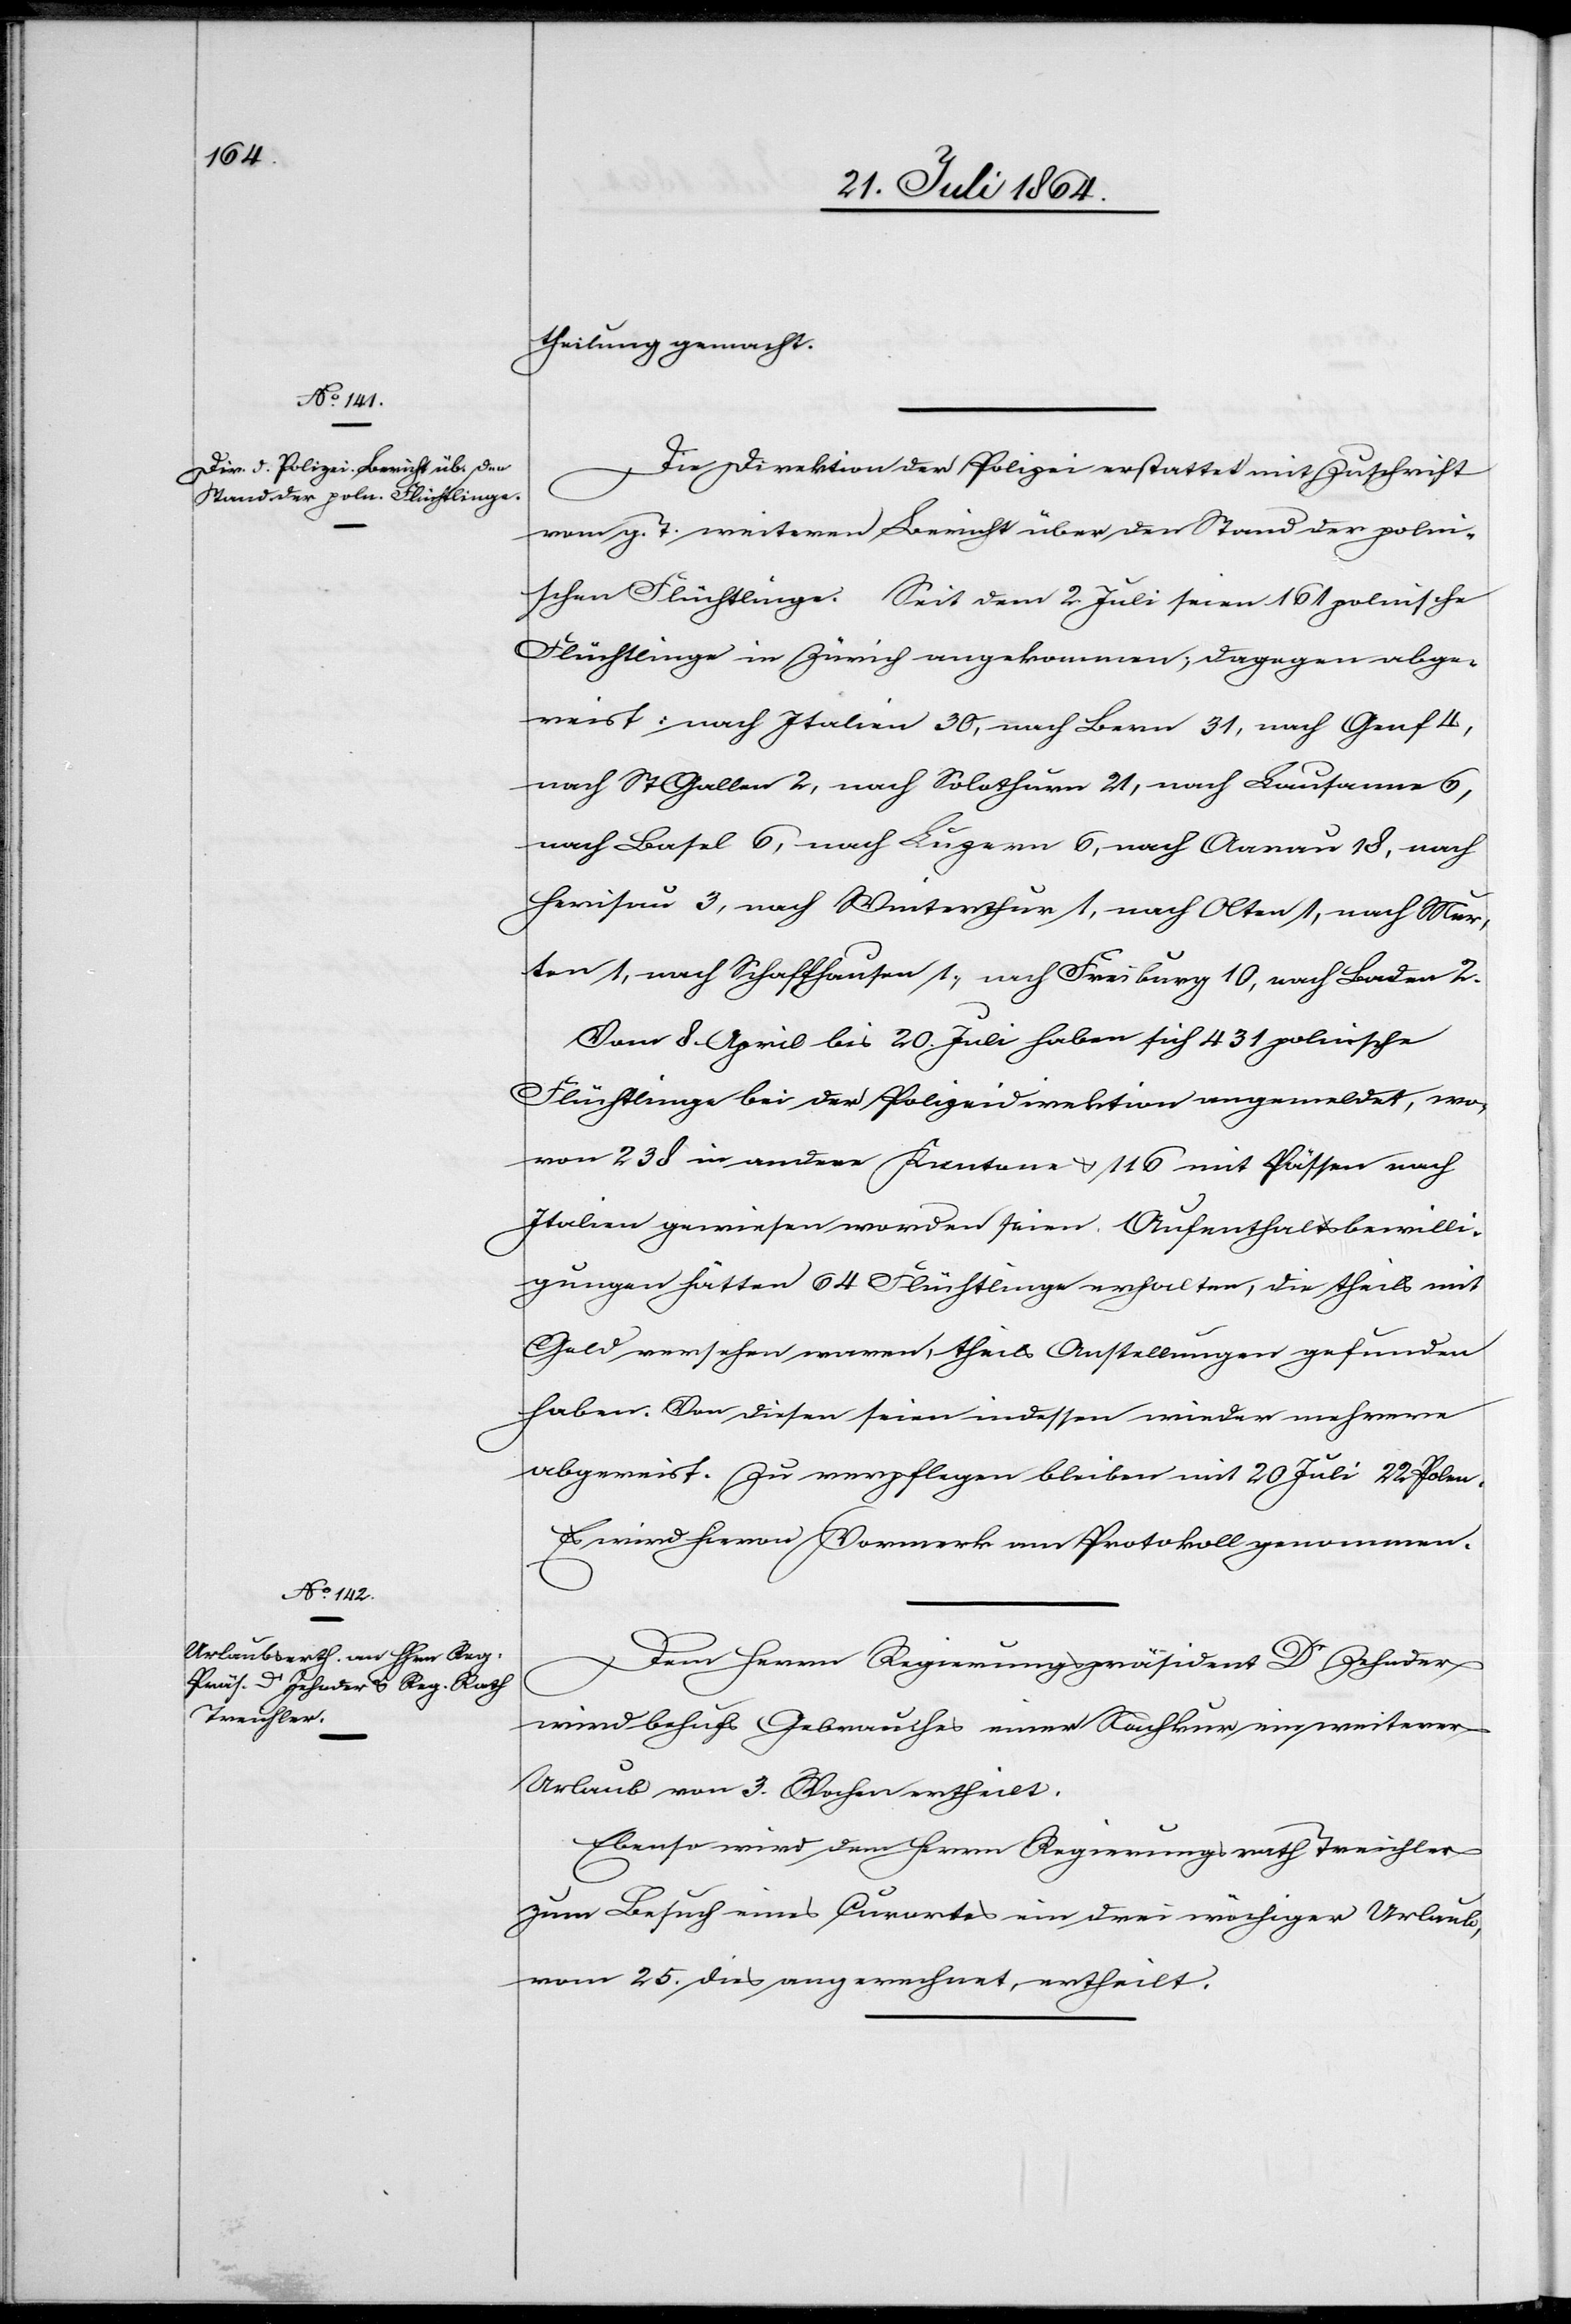
theilung gemacht.
Die Direktion der Polizei erstattet mit Zuschrift
vom g. T. weiteren Bericht über den Stand der poln¬
ischen Flüchtlinge. Seit dem 2. Juli seien 161 polnische
Flüchtlinge in Zürich angekommen; dagegen abge¬
reist: nach Italien 30, nach Bern 31, nach Genf 4,
nach St. Gallen 2, nach Solothurn 21, nach Lausanne 6,
nach Basel 6, nach Luzern 6, nach Aarau 18, nach
Herisau 3, nach Winterthur 1, nach Olten 1, nach Mur¬
ten 1, nach Schaffhausen 1, nach Freiburg 10, nach Baden 2.
Vom 8. April bis 20. Juli haben sich 431 polnische
Flüchtlinge bei der Polizeidirektion angemeldet, wo¬
von 238 in andere Kantone u. 116 mit Pässen nach
Italien gewiesen worden seien. Aufenthaltsbewilli¬
gungen hätten 64 Flüchtlinge erhalten, die theils mit
Geld versehen waren, theils Anstellungen gefunden
haben. Von diesen seien indessen wieder mehrere
abgereist. Zu verpflegen bleiben mit 20 Juli 22 Polen.
Es wird hievon Vormerk am Protokoll genommen.
Dem Herrn Regierungspräsident Dr Zehnder
wird behufs Gebrauches einer Nachkur ein weiterer
Urlaub von 3. Wochen ertheilt.
Ebenso wird dem Herrn Regierungsrath Treichler
zum Besuch eines Curortes ein drei wöchiger Urlaub,
vom 25. dies angerechnet, ertheilt.